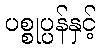
ပစ္စုပ္ပန်နှင့်